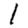
Digit: 1